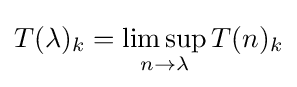
T(\lambda )_{k}=\limsup _{n\rightarrow \lambda }T(n)_{k}